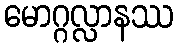
မောဂ္ဂလ္လာနဿ